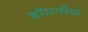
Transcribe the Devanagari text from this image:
डॉमनीक